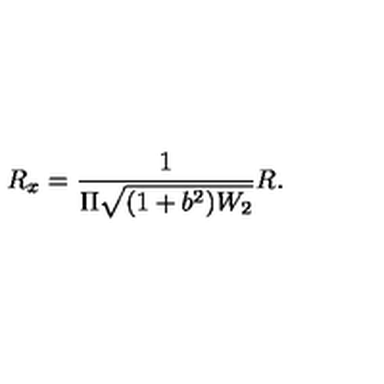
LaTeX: R _ { x } = \frac { 1 } { \Pi \sqrt { ( 1 + b ^ { 2 } ) W _ { 2 } } } R .